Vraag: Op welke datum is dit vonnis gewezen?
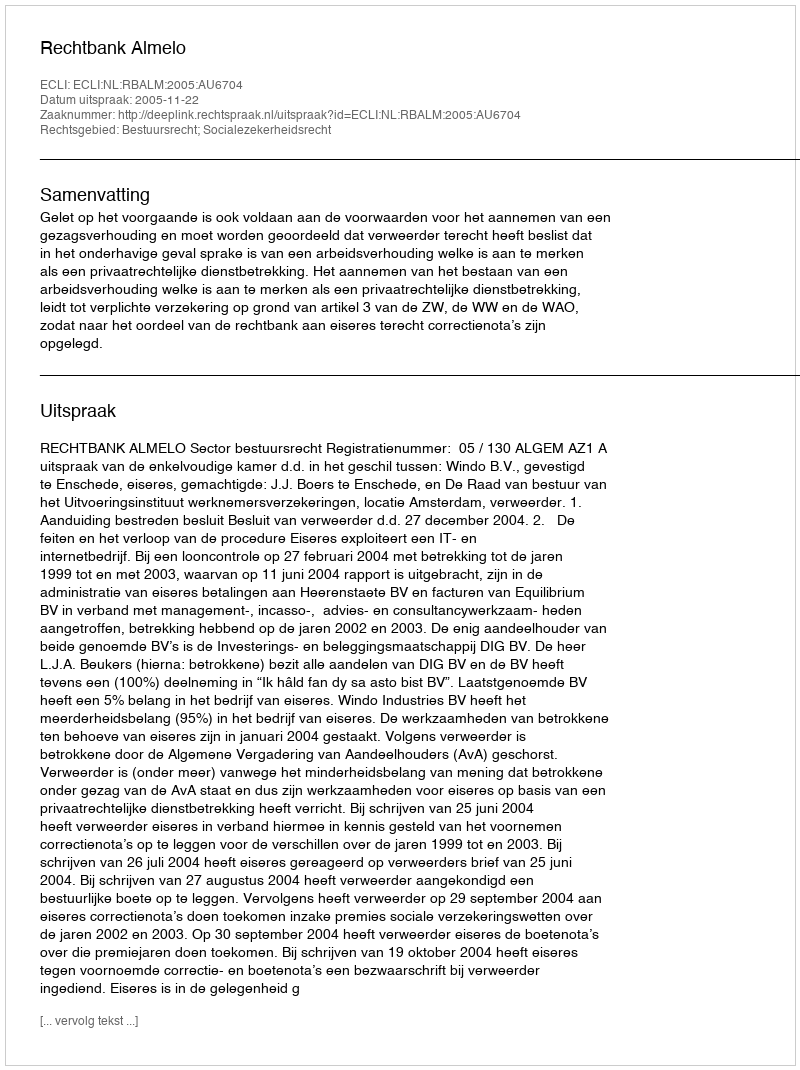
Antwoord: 2005-11-22